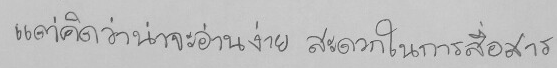
แต่คิดว่าน่าจะอ่านง่าย สะดวกในการสื่อสาร